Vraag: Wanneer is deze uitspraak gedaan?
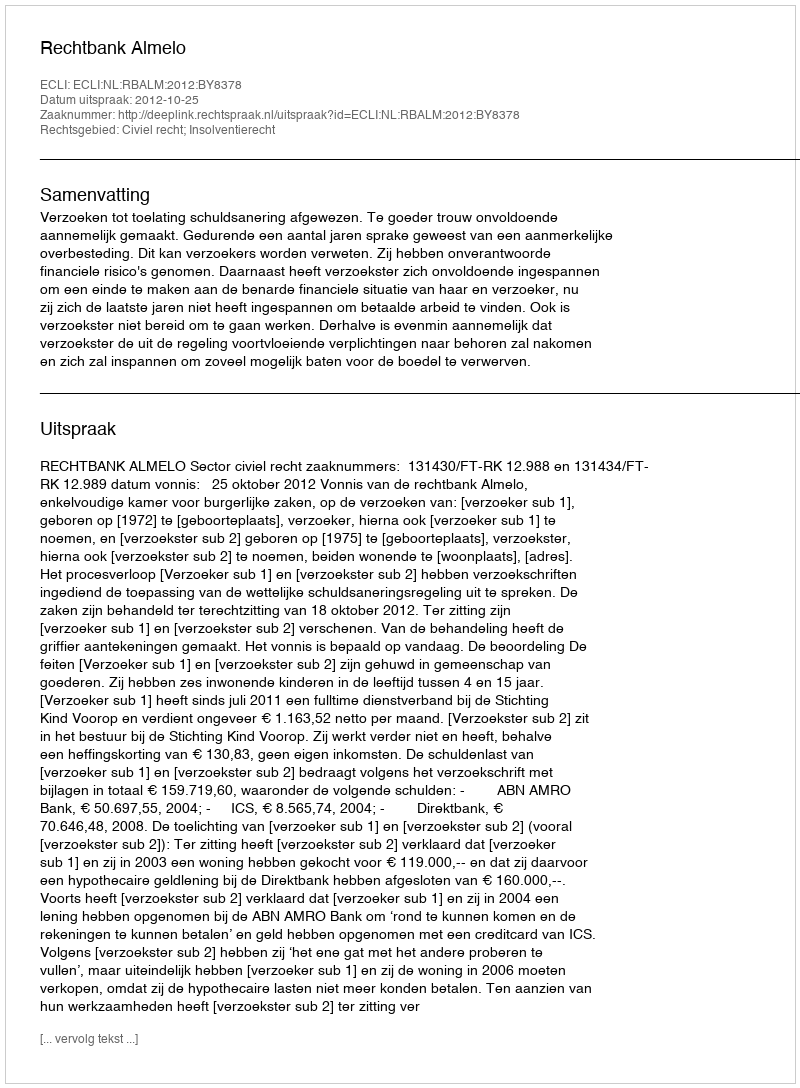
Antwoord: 2012-10-25